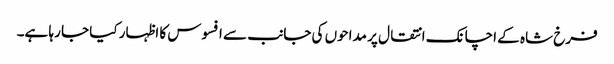
فرخ شاہ کے اچانک انتقال پر مداحوں کی جانب سے افسوس کا اظہار کیا جا رہا ہے۔